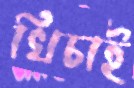
খিচাই